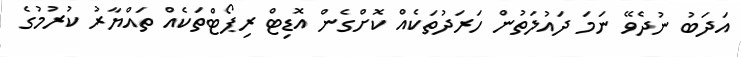
އަދަބު ނުދެވޭ ނަމަ ދައުލަތުން ހަރަދުތަކެއް ކޮށްގެން އޮޑިޓް ރިޕޯޓްތަކެއް ތައްޔާރު ކުރުމުގެ